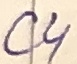
Text: C4